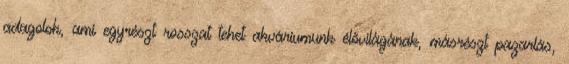
adagolok, ami egyrészt rosszat tehet akváriumunk élővilágának, másrészt pazarlás,